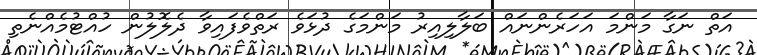
އަތް ނަގާ މަންމަ އަހަރެންނައް ބަލާލިއިރު މަންމަގެ ދުޅަވެ ރަތްވެފައިވާ ދެލޮލުން ހުއްޓުމެއްނެތި